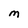
Character: M